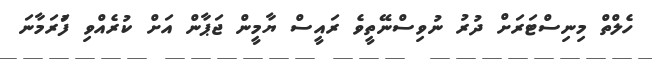
ހެލްތް މިނިސްޓަރަށް ދުރު ނުވިސްނޭތީވެ ރައީސް ޔާމީން ޖަޕާން އަށް ކުރެއްވި ފުަރަމާނަ